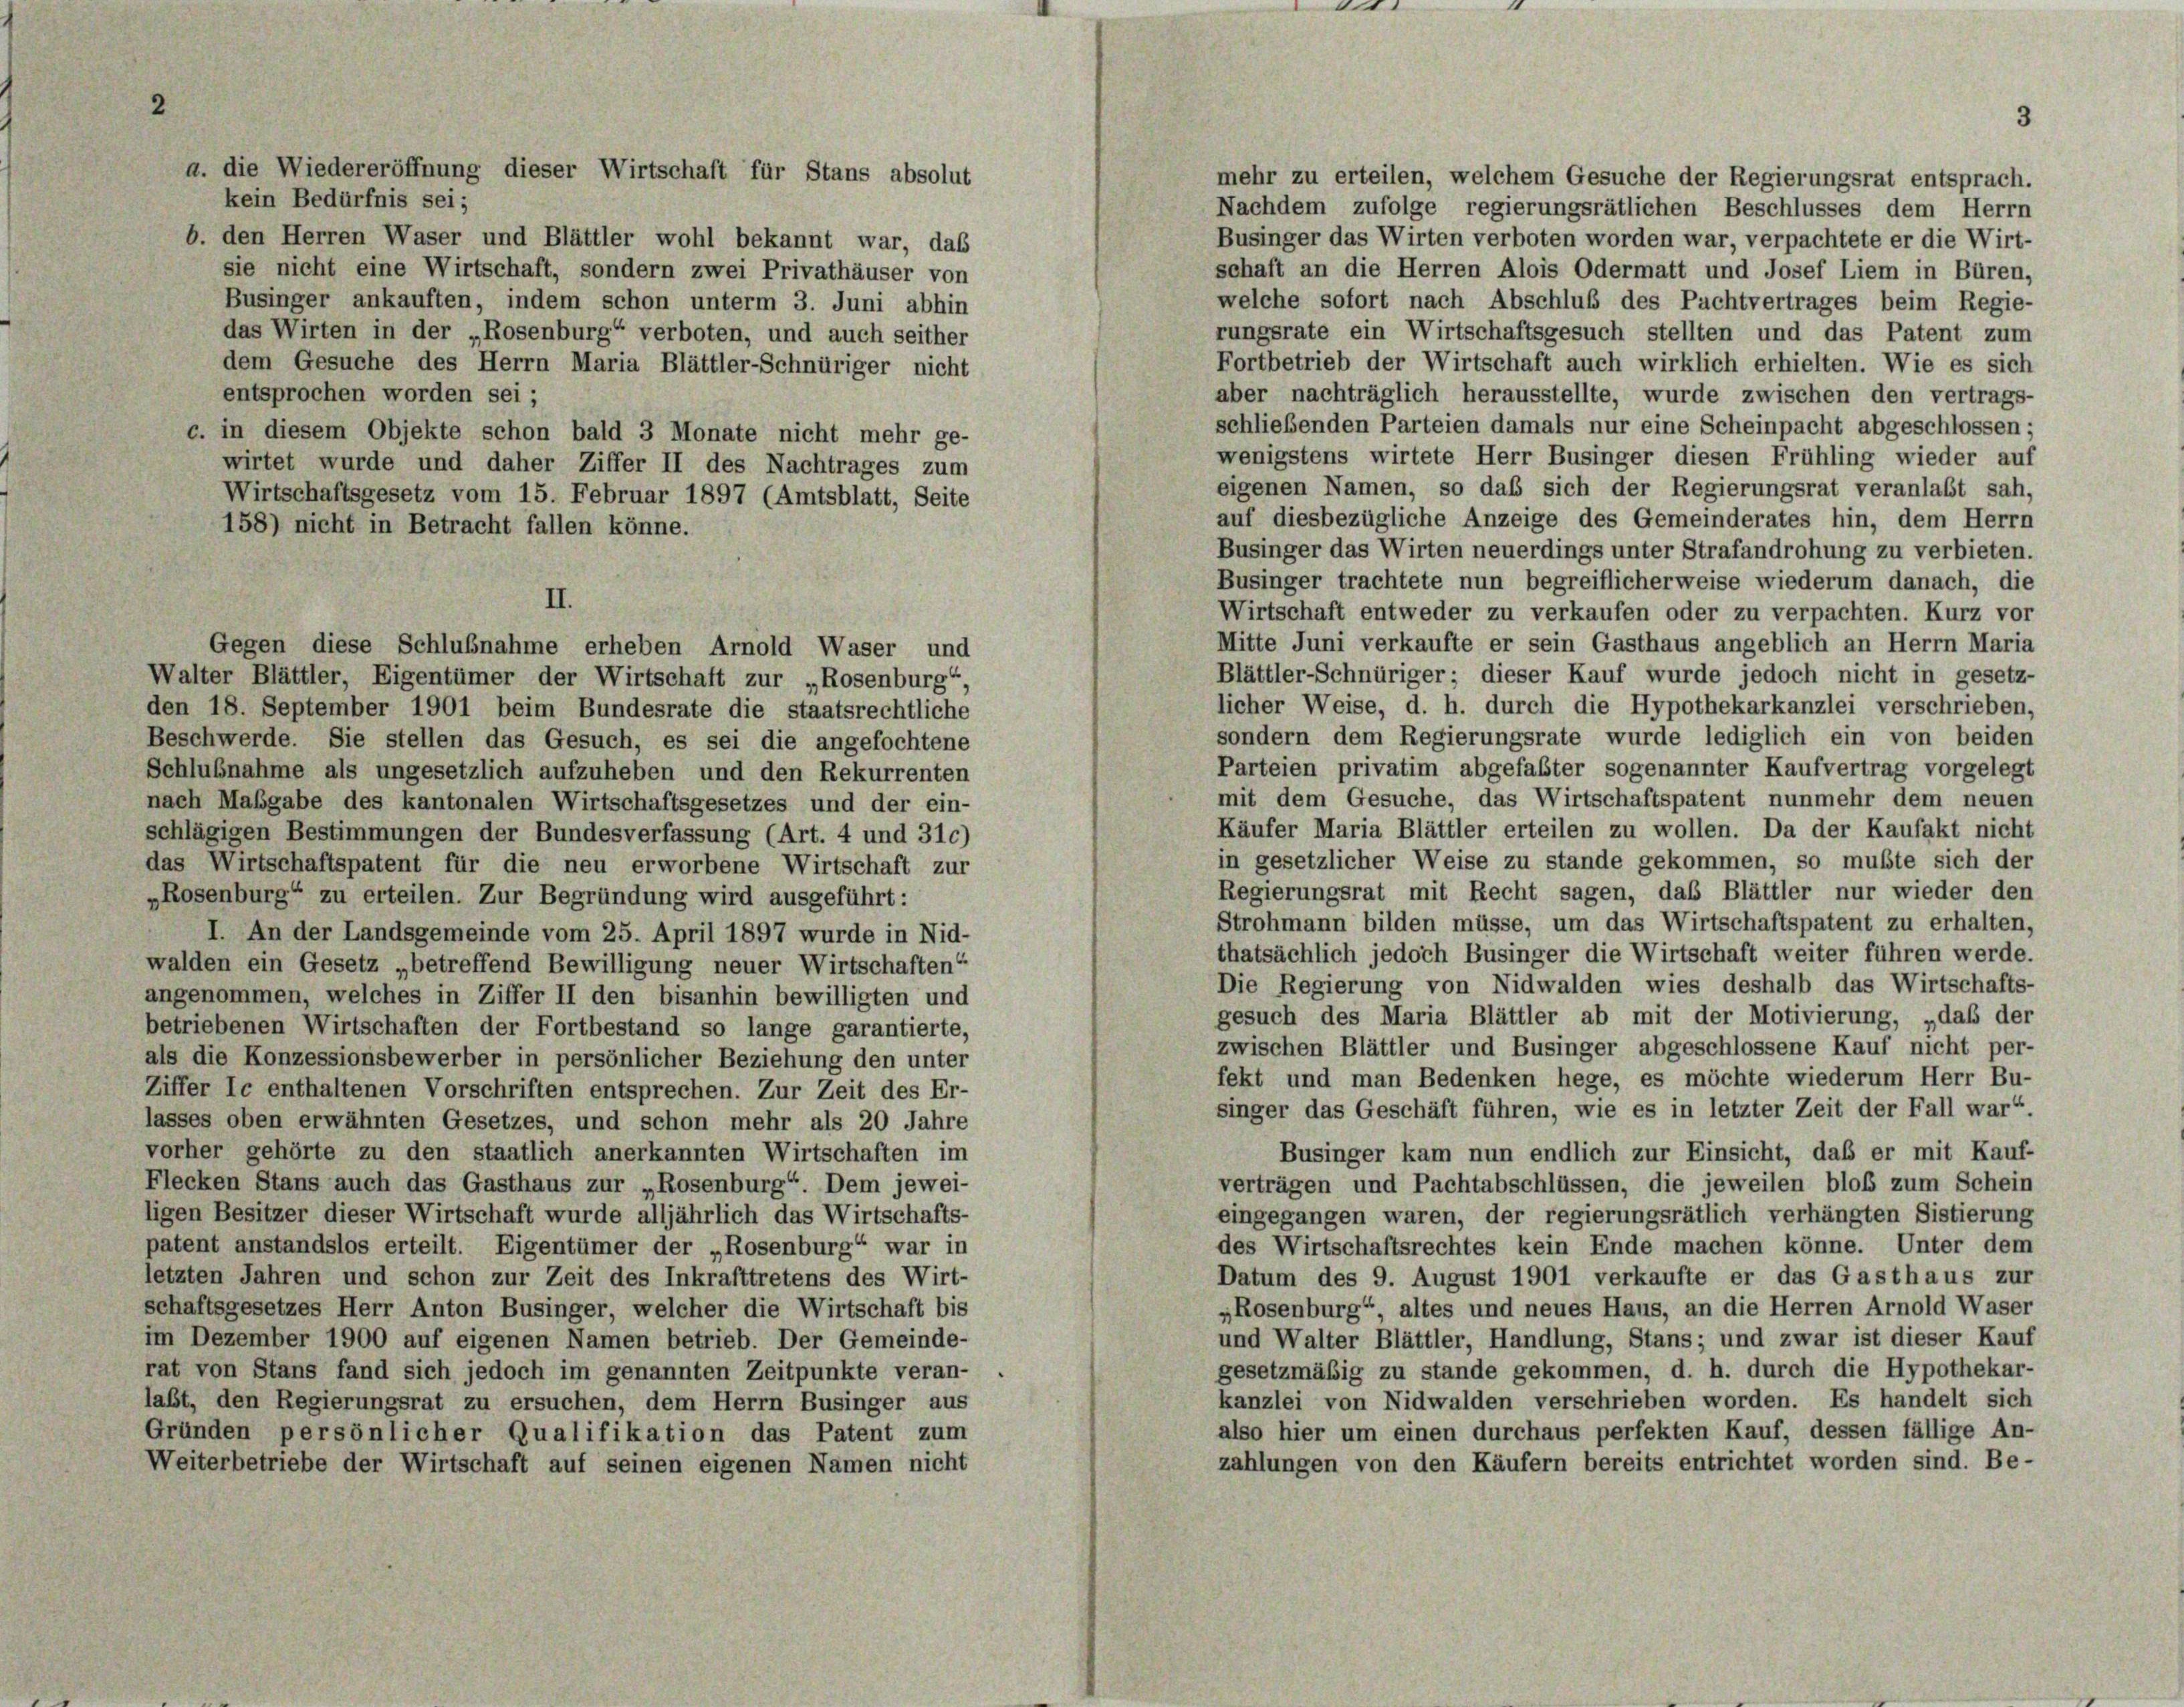
mehr zu erteilen, welchem Gesuche der Regierungsrat entsprach.
kein Bedürfnis sei;
Nachdem zufolge regierungsrätlichen Beschlusses dem Herrn
Businger das Wirten verboten worden war, verpachtete er die Wirt-
b. den Herren Waser und Blättler wohl bekannt war, das
schaft an die Herren Alois Odermatt und Josef Liem in Büren,
sie nicht eine Wirtschaft, sondern zwei Privathäuser von
welche sofort nach Abschluß des Pachtvertrages beim Regie-
Businger ankauften, indem schon unterm 3. Juni abhin
rungsrate ein Wirtschaftsgesuch stellten und das Patent zum
das Wirten in der „Rosenburg“ verboten, und auch seither
Fortbetrieb der Wirtschaft auch wirklich erhielten. Wie es sich
dem Gesuche des Herrn Maria Blättler-Schnüriger nicht
entsprochen worden sei;
aber nachträglich herausstellte, wurde zwischen den vertrags-
schließenden Parteien damals nur eine Scheinpacht abgeschlossen;
c. in diesem Objekte schon bald 3 Monate nicht mehr ge-
wenigstens wirtete Herr Businger diesen Frühling wieder auf
wirtet wurde und daher Ziffer II des Nachtrages zum
eigenen Namen, so daß sich der Regierungsrat veranlaßt sah,
Wirtschaftsgesetz vom 15. Februar 1897 (Amtsblatt, Seite
auf diesbezügliche Anzeige des Gemeinderates hin, dem Herrn
158) nicht in Betracht fallen könne.
Businger das Wirten neuerdings unter Strafandrohung zu verbieten.
Businger trachtete nun begreiflicherweise wiederum danach, die
II.
Wirtschaft entweder zu verkaufen oder zu verpachten. Kurz vor
Mitte Juni verkaufte er sein Gasthaus angeblich an Herrn Maria
Gegen diese Schlußnahme erheben Arnold Waser und
Blättler-Schnüriger; dieser Kauf wurde jedoch nicht in gesetz-
Walter Blättler, Eigentümer der Wirtschaft zur „Rosenburg“,
licher Weise, d. h. durch die Hypothekarkanzlei verschrieben,
den 18. September 1901 beim Bundesrate die staatsrechtliche
sondern dem Regierungsrate wurde lediglich ein von beiden
Beschwerde. Sie stellen das Gesuch, es sei die angefochtene
Parteien privatim abgefaßter sogenannter Kaufvertrag vorgelegt
Schlußnahme als ungesetzlich aufzuheben und den Rekurrenten
mit dem Gesuche, das Wirtschaftspatent nunmehr dem neuen
nach Maßgabe des kantonalen Wirtschaftsgesetzes und der ein-
Käufer Maria Blättler erteilen zu wollen. Da der Kaufakt nicht
schlägigen Bestimmungen der Bundesverfassung (Art. 4 und 310)
in gesetzlicher Weise zu stande gekommen, so mußte sich der
das Wirtschaftspatent für die neu erworbene Wirtschaft zur
Regierungsrat mit Recht sagen, das Blättler nur wieder den
„Rosenburg“ zu erteilen. Zur Begründung wird ausgeführt:
Strohmann bilden müsse, um das Wirtschaftspatent zu erhalten,
I. An der Landsgemeinde vom 25. April 1897 wurde in Nid-
thatsächlich jedoch Businger die Wirtschaft weiter führen werde.
walden ein Gesetz „betreffend Bewilligung neuer Wirtschaften“
Die Regierung von Nidwalden wies deshalb das Wirtschafts-
angenommen, welches in Ziffer II den bisanhin bewilligten und
gesuch des Maria Blättler ab mit der Motivierung, „daß der
betriebenen Wirtschaften der Fortbestand so lange garantierte,
zwischen Blättler und Businger abgeschlossene Kauf nicht per-
als die Konzessionsbewerber in persönlicher Beziehung den unter
fekt und man Bedenken hege, es möchte wiederum Herr Bu-
Ziffer Ic enthaltenen Vorschriften entsprechen. Zur Zeit des Er-
singer das Geschäft führen, wie es in letzter Zeit der Fall war
lasses oben erwähnten Gesetzes, und schon mehr als 20 Jahre
Businger kam nun endlich zur Einsicht, daß er mit Kauf-
vorher gehörte zu den staatlich anerkannten Wirtschaften im
Flecken Stans auch das Gasthaus zur „Rosenburg“. Dem jewei-
verträgen und Pachtabschlüssen, die jeweilen bloß zum Schein
ligen Besitzer dieser Wirtschaft wurde alljährlich das Wirtschafts-
eingegangen waren, der regierungsrätlich verhängten Sistierung
des Wirtschaftsrechtes kein Ende machen könne. Unter dem
patent anstandslos erteilt. Eigentümer der „Rosenburg“ war in
letzten Jahren und schon zur Zeit des Inkrafttretens des Wirt-
Datum des 9. August 1901 verkaufte er das Gasthaus zur
„Rosenburg“, altes und neues Haus, an die Herren Arnold Waser
schaftsgesetzes Herr Anton Businger, welcher die Wirtschaft bis
und Walter Blättler, Handlung, Stans; und zwar ist dieser Kauf
im Dezember 1900 auf eigenen Namen betrieb. Der Gemeinde-
gesetzmäßig zu stande gekommen, d. h. durch die Hypothekar-
rat von Stans fand sich jedoch im genannten Zeitpunkte veran-
kanzlei von Nidwalden verschrieben worden. Es handelt sich
laßt, den Regierungsrat zu ersuchen, dem Herrn Businger aus
also hier um einen durchaus perfekten Kauf, dessen fällige An-
Gründen persönlicher Qualifikation das Patent zum
zahlungen von den Käufern bereits entrichtet worden sind. Be-
Weiterbetriebe der Wirtschaft auf seinen eigenen Namen nicht

a. die Wiedereröffnung dieser Wirtschaft für Stans absolut